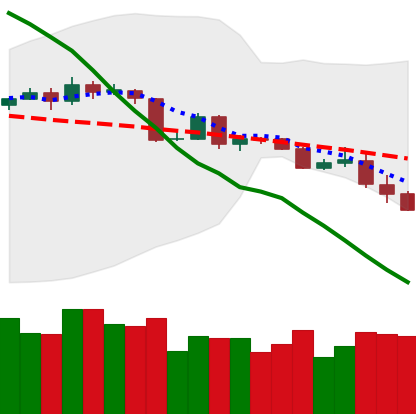
Ticker: BTC-USD
Chart end date: 2019-11-20
Forward return: -10.977%
Label: down_7plus